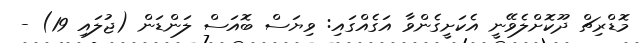
މޮޑްރިޗް ދޫކޮށްލެވޭނީ އެކަށީގެންވާ އަގެއްގައި: ވިޔަސް ބޮއަސް ލަންޑަން (ޖުލައި 19) -